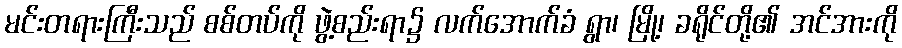
မင်းတရားကြီးသည် စစ်တပ်ကို ဖွဲ့စည်းရာ၌ လက်အောက်ခံ ရွာ၊ မြို့၊ ခရိုင်တို့၏ အင်အားကို